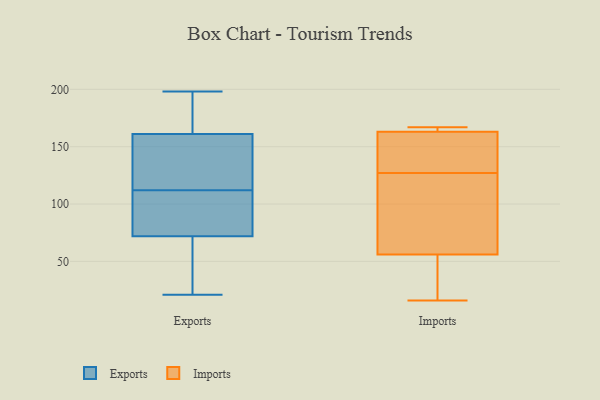
{"axis": {"x": "Tickets Resolved", "y": "Value"}, "legend": ["Exports", "Imports"], "data": [{"x": "", "y": 198, "type": "Exports"}, {"x": "", "y": 180, "type": "Exports"}, {"x": "", "y": 72, "type": "Exports"}, {"x": "", "y": 180, "type": "Exports"}, {"x": "", "y": 21, "type": "Exports"}, {"x": "", "y": 114, "type": "Exports"}, {"x": "", "y": 155, "type": "Exports"}, {"x": "", "y": 188, "type": "Exports"}, {"x": "", "y": 161, "type": "Exports"}, {"x": "", "y": 48, "type": "Exports"}, {"x": "", "y": 103, "type": "Exports"}, {"x": "", "y": 43, "type": "Exports"}, {"x": "", "y": 87, "type": "Exports"}, {"x": "", "y": 85, "type": "Exports"}, {"x": "", "y": 110, "type": "Exports"}, {"x": "", "y": 38, "type": "Exports"}, {"x": "", "y": 117, "type": "Exports"}, {"x": "", "y": 150, "type": "Exports"}, {"x": "", "y": 92, "type": "Imports"}, {"x": "", "y": 146, "type": "Imports"}, {"x": "", "y": 167, "type": "Imports"}, {"x": "", "y": 108, "type": "Imports"}, {"x": "", "y": 163, "type": "Imports"}, {"x": "", "y": 158, "type": "Imports"}, {"x": "", "y": 56, "type": "Imports"}, {"x": "", "y": 36, "type": "Imports"}, {"x": "", "y": 152, "type": "Imports"}, {"x": "", "y": 104, "type": "Imports"}, {"x": "", "y": 163, "type": "Imports"}, {"x": "", "y": 16, "type": "Imports"}, {"x": "", "y": 164, "type": "Imports"}, {"x": "", "y": 53, "type": "Imports"}]}